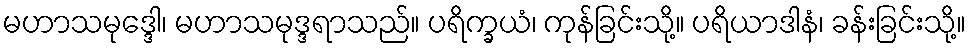
မဟာသမုဒ္ဒေါ၊ မဟာသမုဒ္ဒရာသည်။ ပရိက္ခယံ၊ ကုန်ခြင်းသို့။ ပရိယာဒါနံ၊ ခန်းခြင်းသို့။